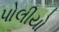
પોલીયો